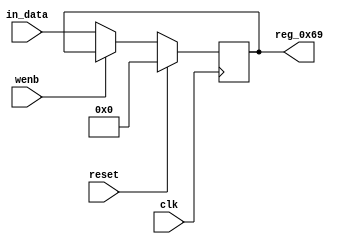
module r_TX_BUF_OBJ6_BYTE_1(output reg [7:0] reg_0x69, input wire reset, input wire wenb, input wire [7:0] in_data, input wire clk);
	always@(posedge clk)
	begin
		if(reset==0) begin
			if(wenb==0)
				reg_0x69<=in_data;
			else
				reg_0x69<=reg_0x69;
		end
		else
			reg_0x69<=8'h00;
	end
endmodule